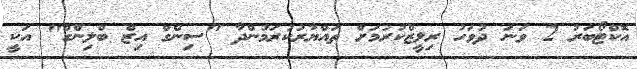
އޮކްޓޯބަރު 2 ވަނަ ދުވަހު ރިލީޒްކުރުމަށް ތައްޔާރުކުރަމުންދާ "ސިންގް އިޒް ބްލިންގް" އަކީ